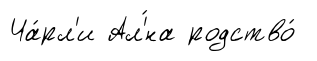
Ча́рл'и Ал'́на родство́